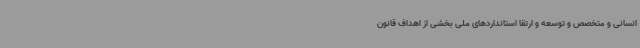
انسانی و متخصص و توسعه و ارتقا استانداردهای ملی بخشی از اهداف قانون